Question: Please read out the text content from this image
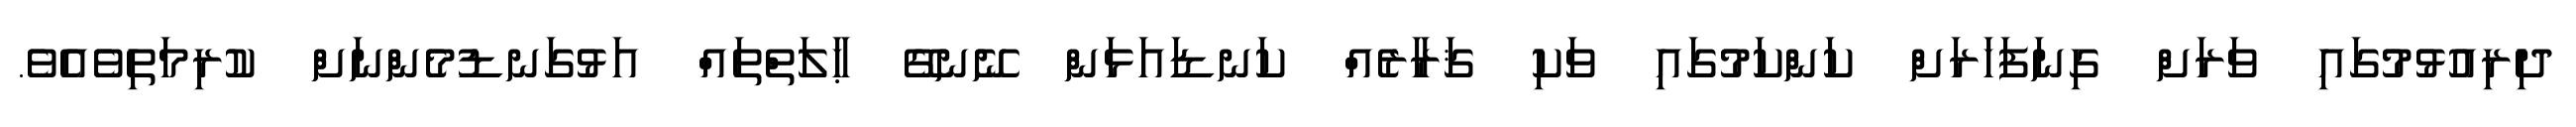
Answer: ދިރިއުޅުމުގައި ވަރަށް ގިނަފަހަރަށް ކަންކަމުގައި ވަކި ޤަރާރެއް ކަނޑައަޅަން ނޭނގޭ ޙާލަތްތައް އަޅުގަނޑުމެންނަށް ކުރިމަތިވެއެވެ.